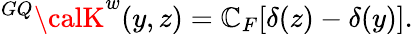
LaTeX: {^{GQ}\calK}^{w}(y,z)=\mathbb{C}_{F}[\delta(z)-\delta(y)].